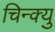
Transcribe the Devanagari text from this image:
चिन्क्यु